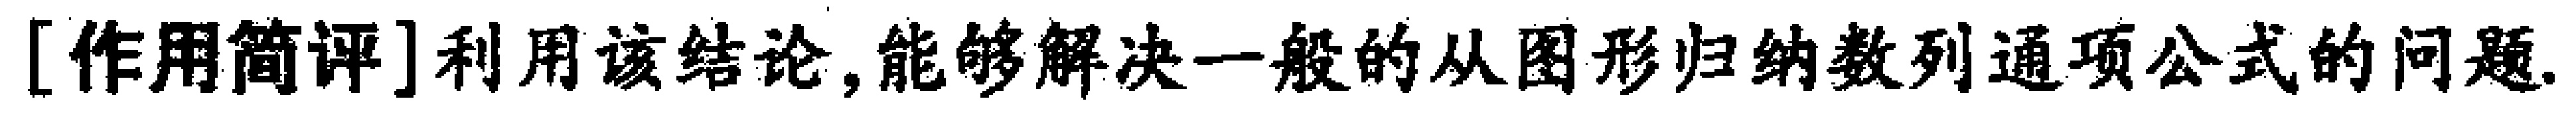
[作用简评]利用该结论,能够解决一般的从图形归纳数列通项公式的问题.